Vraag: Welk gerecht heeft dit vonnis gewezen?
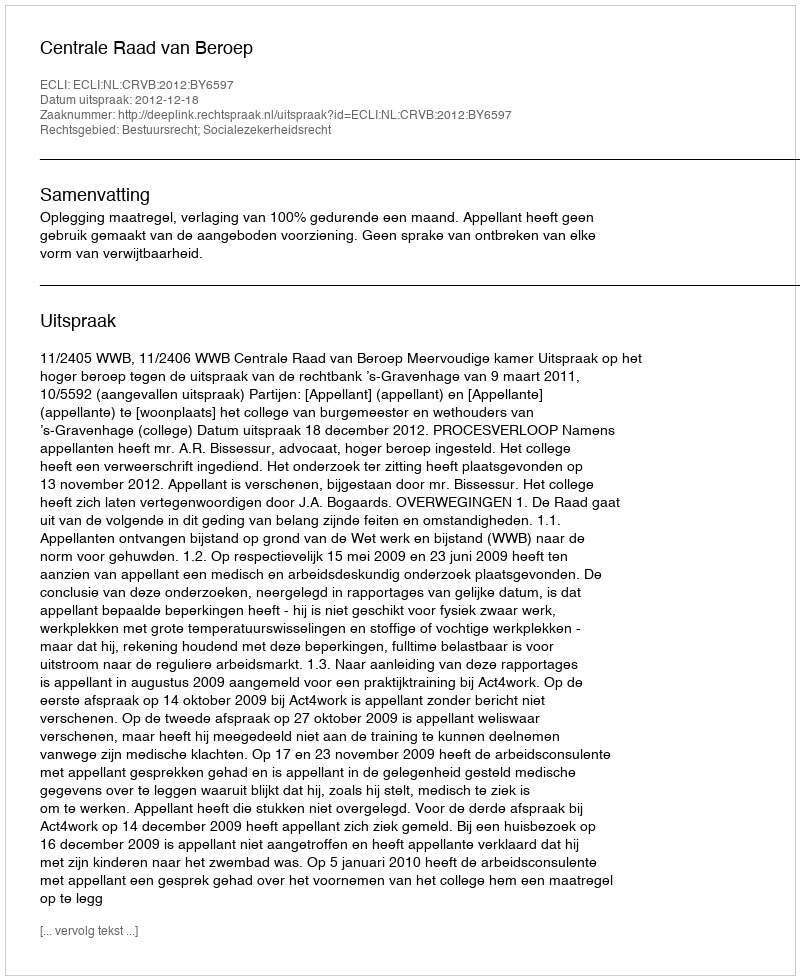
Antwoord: Centrale Raad van Beroep